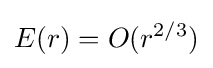
E(r)=O(r^{2/3})